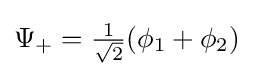
{\textstyle \Psi _{+}={\frac {1}{\sqrt {2}}}(\phi _{1}+\phi _{2})\,}